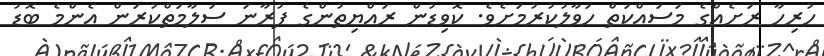
ހުރިހާ ރަށެއްގެ މަސައްކަތް ހަވާލުކުރުމަށެވެ. ކޮވިޑުން ރައްޔިތުންގެ ފުރާނަ ސަލާމަތްކުރަން އެންމެ ބޮޑު